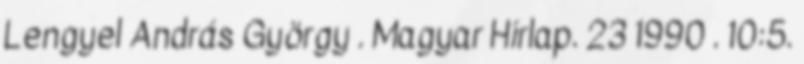
Lengyel András György . Magyar Hírlap. 23 1990 . 10:5.